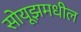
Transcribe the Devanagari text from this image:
सोयूझमधील